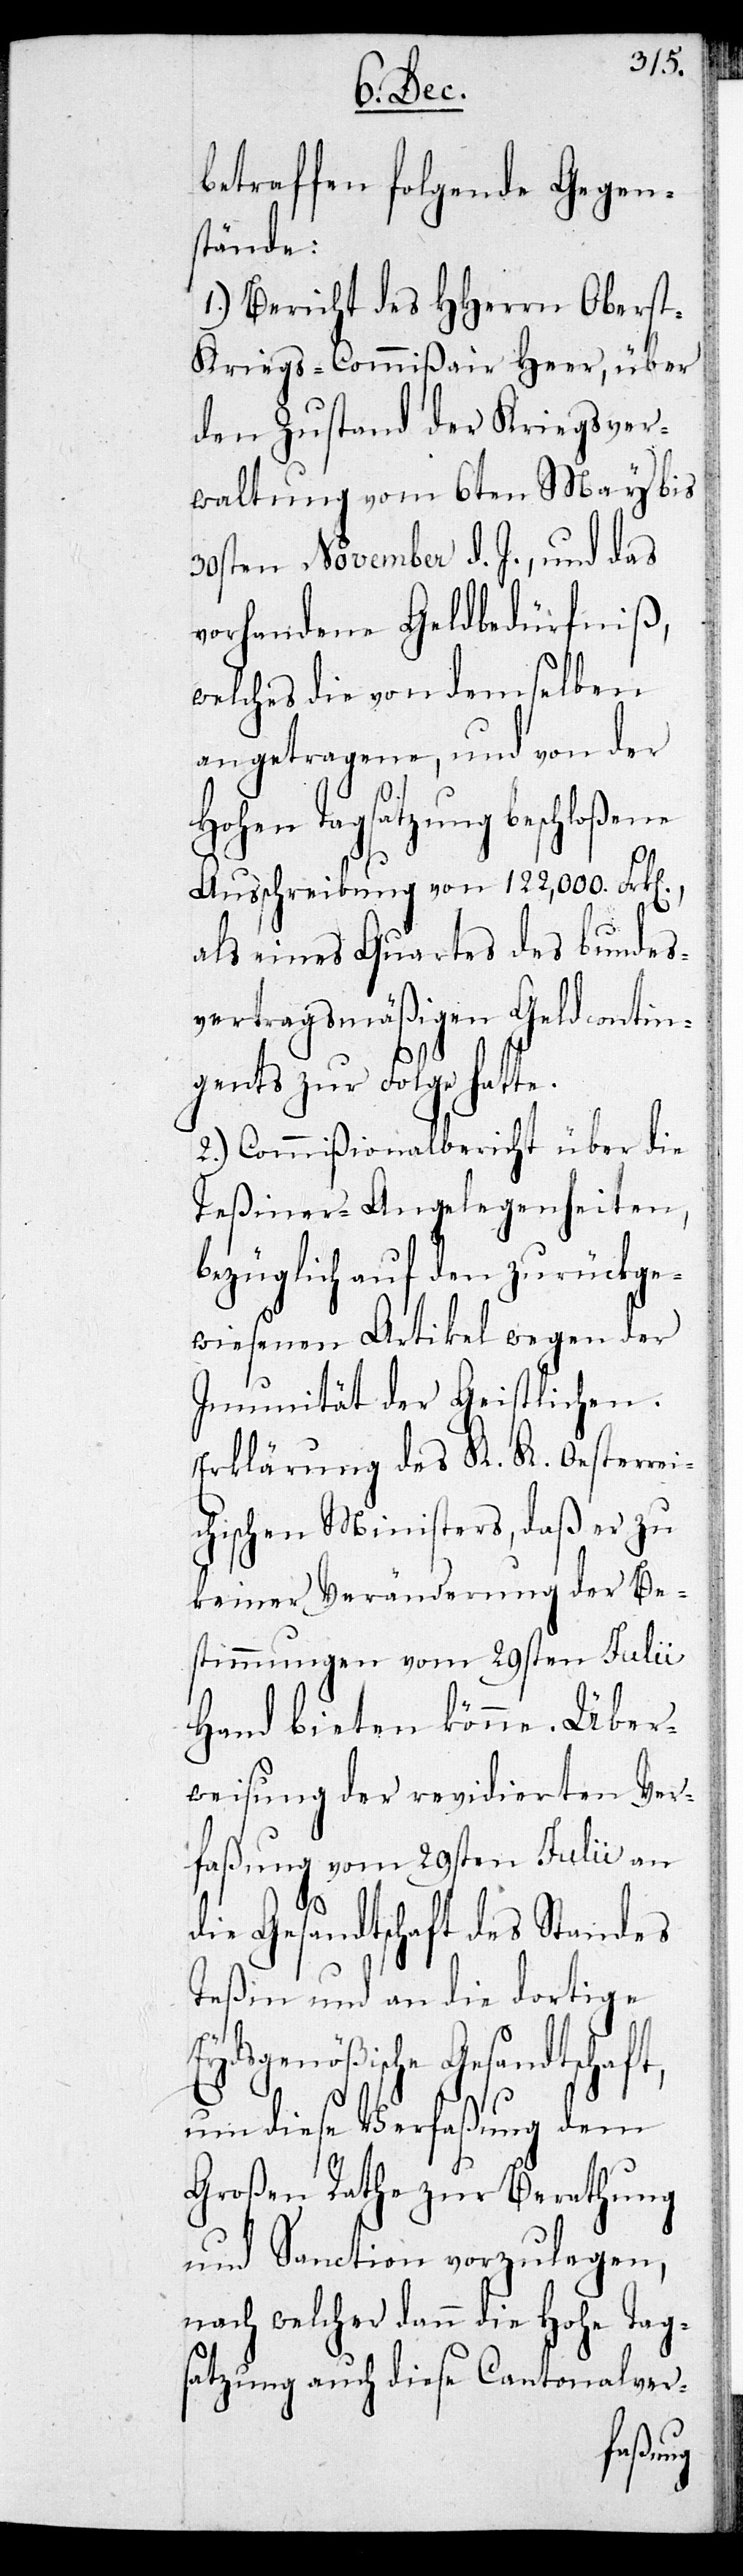
betreffen folgende Gegen¬
stände:
1.) Bericht des HHerrn Obers¬
t-Kriegs-Commißair Heer, über
den Zustand der Kriegsver¬
waltung vom 6ten May bis
30sten November d. J., und das
vorhandene Geldbedürfniß,
welches die von demselben
angetragene, und von der
Hohen Tagsatzung beschloßene
Ausschreibung von 122,000. Frken.,
als eines Quartes des bundes¬
vertragsmäßigen Geldcontin¬
gents zur Folge hatte.
2.) Commißionalbericht über die
Teßiner-Angelegenheiten,
bezüglich auf den zurückge¬
wiesenen Artikel wegen der
Immunität der Geistlichen.
Erklärung des K. K. Oesterre¬
ichischen Ministers, daß er zu
keiner Veränderung der Be¬
stimmungen vom 29sten Julii
Hand bieten könne. Über¬
weisung der revidierten Ver¬
faßung vom 29sten Julii an
die Gesandtschaft des Standes
Teßin und an die dortige
Gesandtschaft,
um diese Verfaßung dem
Großen Rate zur Berathung
und Sanction vorzulegen,
nach welcher dann die Hohe Tag¬
satzung auch diese Cantonalver-